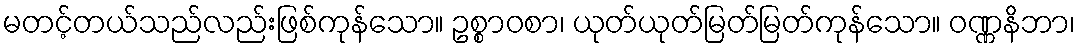
မတင့်တယ်သည်လည်းဖြစ်ကုန်သော။ ဥစ္စာဝစာ၊ ယုတ်ယုတ်မြတ်မြတ်ကုန်သော။ ဝဏ္ဏနိဘာ၊